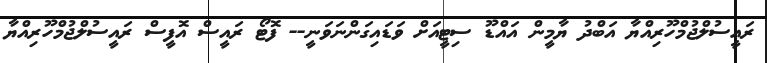
ރައީސުލްޖުމްހޫރިއްޔާ އަބްދު ޔާމީން އައްޑޫ ސިޓީއަށް ވަޑައިގަންނަވަނީ-- ފޮޓޯ ރައީސް އޮފީސް ރައީސުލްޖުމްހޫރިއްޔާ